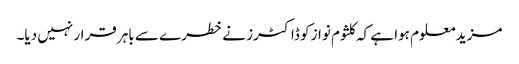
مزید معلوم ہوا ہے کہ کلثوم نواز کو ڈاکٹرز نے خطرے سے باہر قرار نہیں دیا۔